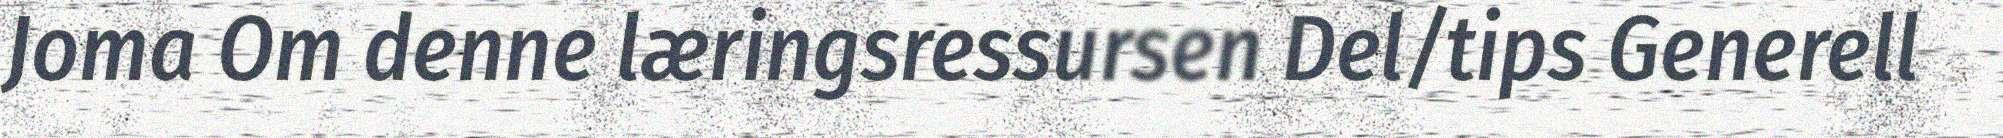
Joma Om denne læringsressursen Del/tips Generell